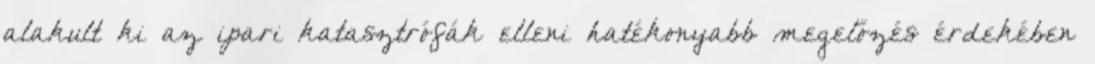
alakult ki az ipari katasztrófák elleni hatékonyabb megelőzés érdekében